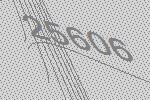
25606